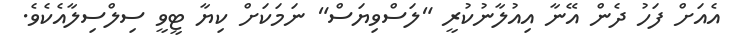
އެއަށް ފަހު ދެން އޭނާ އިއުލާނުކުރީ "ލަސްވިޔަސް" ނަމަކަށް ކިޔާ ޓީވީ ސިލްސިލާއެކެވެ.